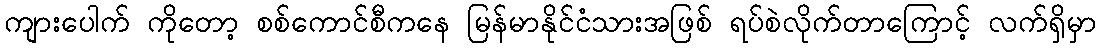
ကျားပေါက် ကိုတော့ စစ်ကောင်စီကနေ မြန်မာနိုင်ငံသားအဖြစ် ရပ်စဲလိုက်တာကြောင့် လက်ရှိမှာ